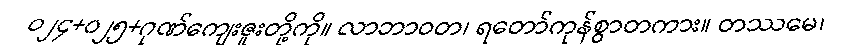
ဝ၂၄+၀၂၅+ဂုဏ်ကျေးဇူးတို့ကို။ လာဘာဝတ၊ ရတော်ကုန်စွာတကား။ တဿမေ၊